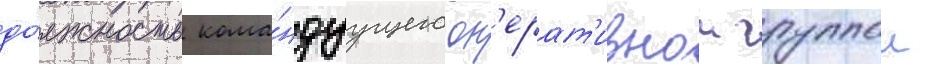
до́лжность кома́ндуущего оп'ерат'ивнои группои